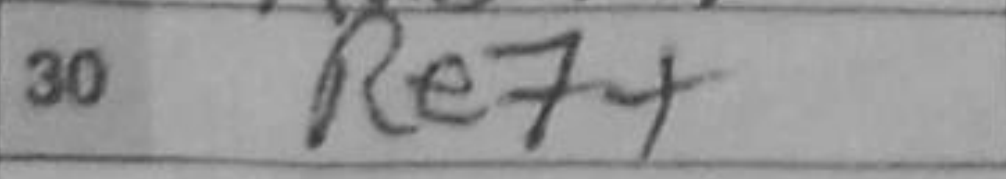
Transcription: Re7+